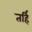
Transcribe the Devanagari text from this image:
तर्हि